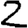
Digit: 2